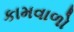
કામવાળો